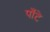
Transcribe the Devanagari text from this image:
पाँटे